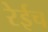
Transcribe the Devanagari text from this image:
रेईच